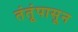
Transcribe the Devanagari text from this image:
तंतूंपासून